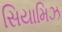
સિયામિઝ